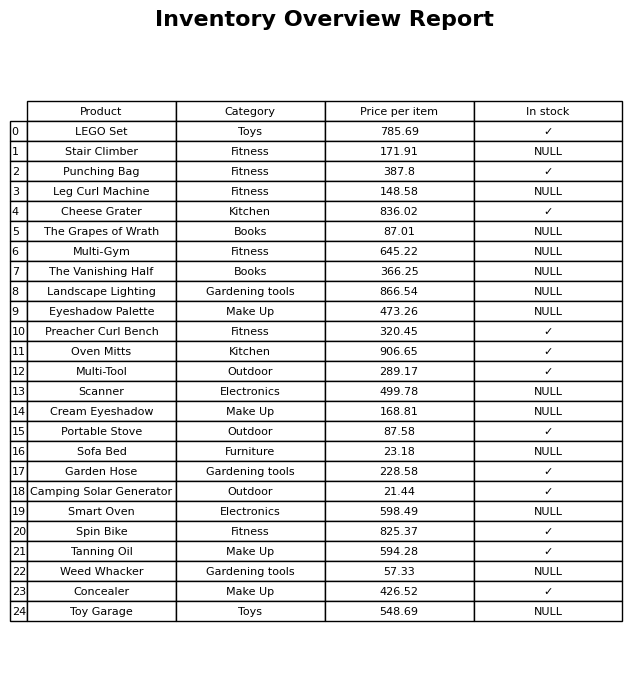
question: Is the LEGO Set in stock?
answer: ✓